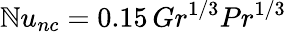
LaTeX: \mathbb{N}u_{nc}=0.15\, Gr^{1/3}Pr^{1/3}